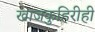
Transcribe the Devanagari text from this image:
खाजकुहिरीही